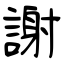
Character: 謝